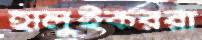
হালুইকররা